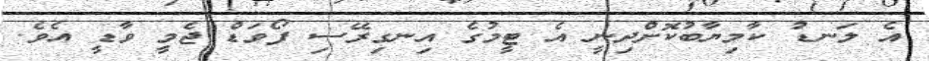
އެ ލަނޑު ކާމިޔާބުކޮށްދިނީ އެ ޓީމުގެ އިނގިރޭސި ފޯވަޑް ޖެމީ ވާޑީ އެވެ.